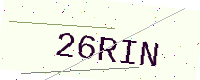
Text: 26RIN